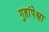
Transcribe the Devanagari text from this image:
गुहांपेक्षा